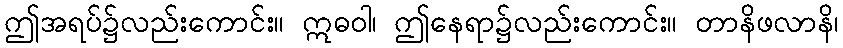
ဤအရပ်၌လည်းကောင်း။ ဣဓဝါ၊ ဤနေရာ၌လည်းကောင်း။ တာနိဖလာနိ၊